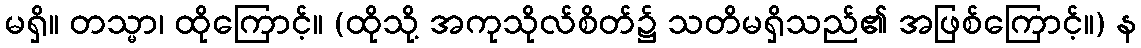
မရှိ။ တသ္မာ၊ ထိုကြောင့်။ (ထိုသို့ အကုသိုလ်စိတ်၌ သတိမရှိသည်၏ အဖြစ်ကြောင့်။) န